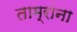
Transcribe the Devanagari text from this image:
ताम्रांना